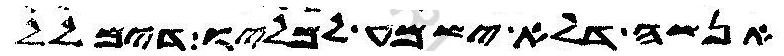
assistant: אנשה דלא ישמע למליו דימלל